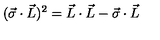
( \vec { \sigma } \cdot \vec { L } ) ^ { 2 } = \vec { L } \cdot \vec { L } - \vec { \sigma } \cdot \vec { L }